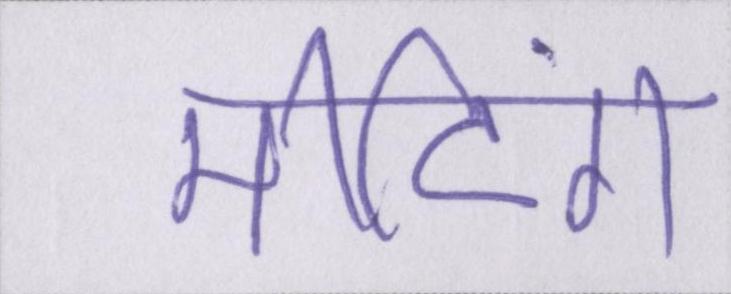
मीटिंग